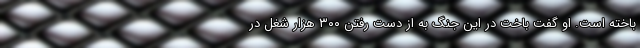
باخته است. او گفت باخت در این جنگ به از دست رفتن ۳۰۰ هزار شغل در